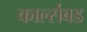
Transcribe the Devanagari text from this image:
कार्ल्सबड